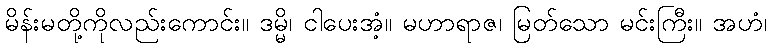
မိန်းမတို့ကိုလည်းကောင်း။ ဒမ္မိ၊ ငါပေးအံ့။ မဟာရာဇ၊ မြတ်သော မင်းကြီး။ အဟံ၊